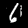
Label: 6